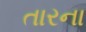
તારના